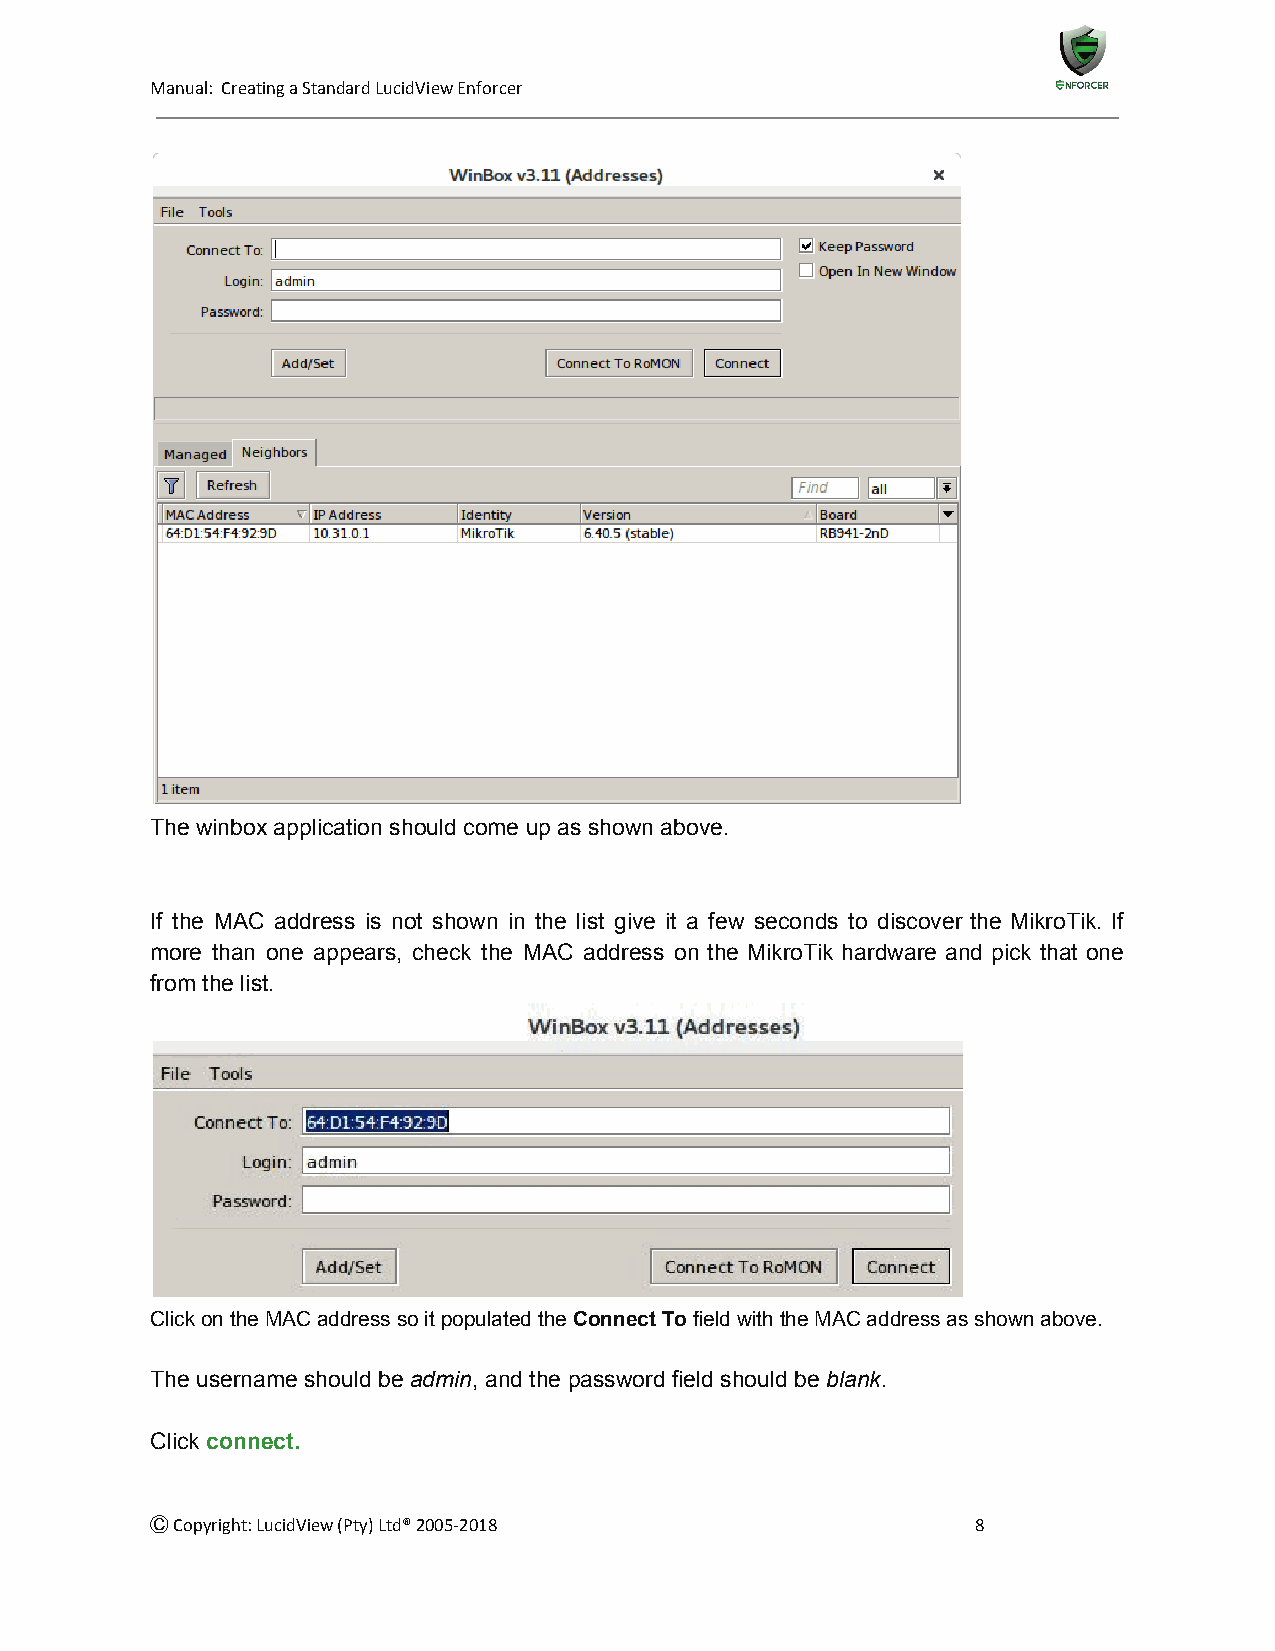
Manual: Creating a Standard LucidView Enforcer
 The winbox application should come up as shown above.
 If the MAC address is not shown in the list give it a few seconds to discover the MikroTik. If
 more than one appears, check the MAC address on the MikroTik hardware and pick that one
 from the list.
 Click on the MAC address so it populated the Connect To field with the MAC address as shown above.
 ​      ​​
 The username should be admin, and the password field should be blank.
 ​   ​                       ​  ​
 Click connect.
 ​
 Ⓒ Copyright: LucidView (Pty) Ltd® 2005-2018            8